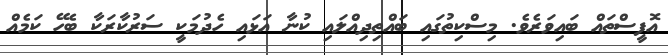
އޮފީސްތައް ބައިވަރެވެ. މިސްކިތުގައި ބައްތިދިއްލައި ކުނާ އަޅައި ހެދުމަކީ ސަރުކާރަކާ ބެހޭ ކަމެއް